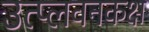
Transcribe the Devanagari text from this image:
उत्प्लवनकक्ष